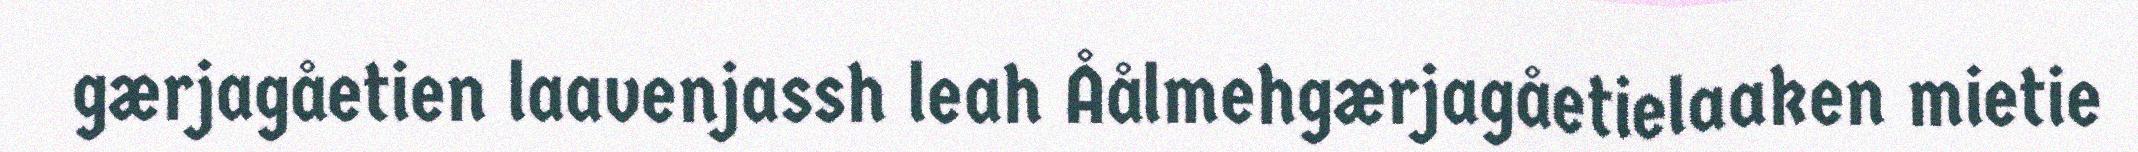
gærjagåetien laavenjassh leah Åålmehgærjagåetielaaken mietie